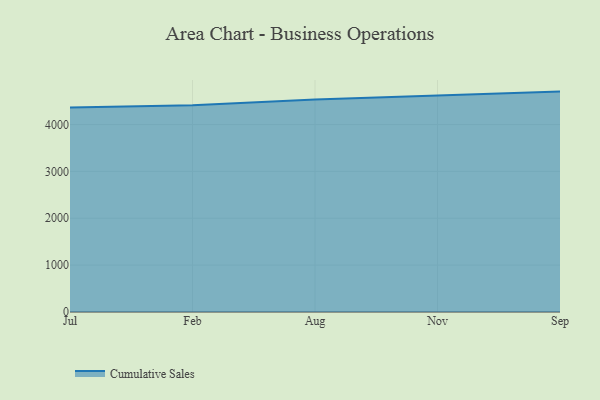
{"axis": {"x": "Month", "y": "Demand Index"}, "legend": ["Cumulative Sales"], "data": [{"x": "Jul", "y": 4361.3, "type": "Cumulative Sales"}, {"x": "Feb", "y": 4409.5, "type": "Cumulative Sales"}, {"x": "Aug", "y": 4533.8, "type": "Cumulative Sales"}, {"x": "Nov", "y": 4621.4, "type": "Cumulative Sales"}, {"x": "Sep", "y": 4703.2, "type": "Cumulative Sales"}]}